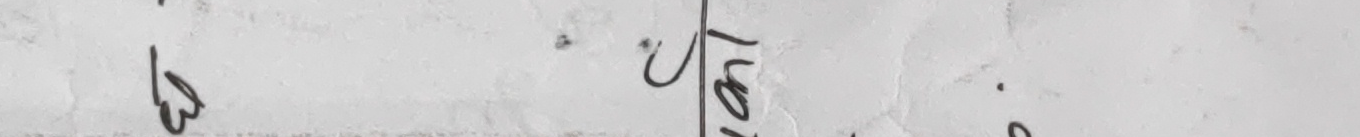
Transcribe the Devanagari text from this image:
ख २ लो